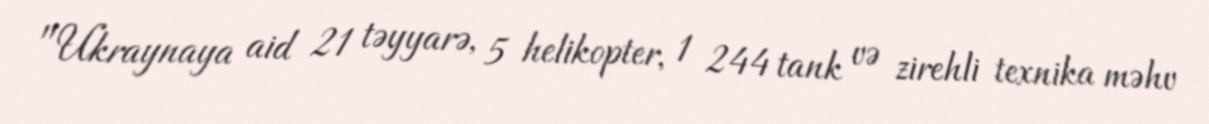
"Ukraynaya aid 21 təyyarə, 5 helikopter, 1 244 tank və zirehli texnika məhv